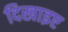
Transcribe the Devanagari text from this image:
दिखाइए